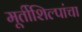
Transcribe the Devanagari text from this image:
मूर्तीशिल्पांचा